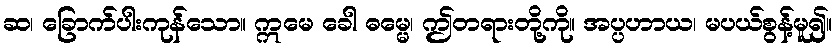
ဆ၊ ခြောက်ပါးကုန်သော။ ဣမေ ခေါ ဓမ္မေ၊ ဤတရားတို့ကို။ အပ္ပဟာယ၊ မပယ်စွန့်မူ၍။